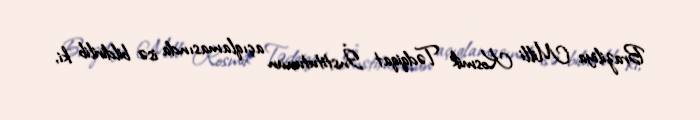
Braziliya Milli Kosmik Tədqiqat İnstitutunun açıqlamasında isə bildirilib ki,